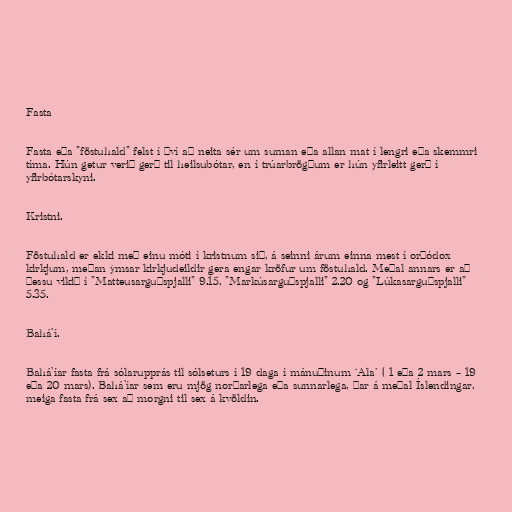
Fasta

Fasta eða "föstuhald" felst í því að neita sér um suman eða allan mat í lengri eða skemmri
tíma. Hún getur verið gerð til heilsubótar, en í trúarbrögðum er hún yfirleitt gerð í
yfirbótarskyni.

Kristni.

Föstuhald er ekki með einu móti í kristnum sið, á seinni árum einna mest í orþódox
kirkjum, meðan ýmsar kirkjudeildir gera engar kröfur um föstuhald. Meðal annars er að
þessu vikið í "Matteusarguðspjalli" 9.15, "Markúsarguðspjalli" 2.20 og "Lúkasarguðspjalli"
5.35.

Bahá'í.

Bahá'íar fasta frá sólarupprás til sólseturs í 19 daga í mánuðinum ʻAlaʼ ( 1 eða 2 mars – 19
eða 20 mars). Bahá'íar sem eru mjög norðarlega eða sunnarlega, þar á meðal Íslendingar,
meiga fasta frá sex að morgni til sex á kvöldin.